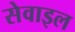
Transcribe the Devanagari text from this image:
सेवाइल